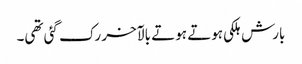
بارش ہلکی ہوتے ہوتے بالآخر رک گئی تھی۔